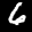
Label: 6